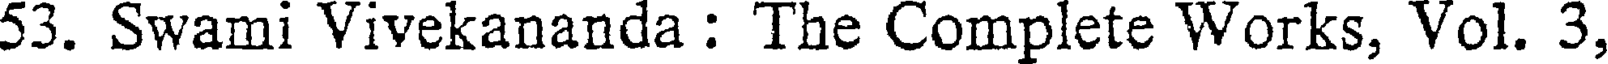
53. Swami Vivekananda : The Complete Works, Vol. 3,